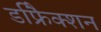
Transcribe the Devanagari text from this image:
डफ्रैिक्शन